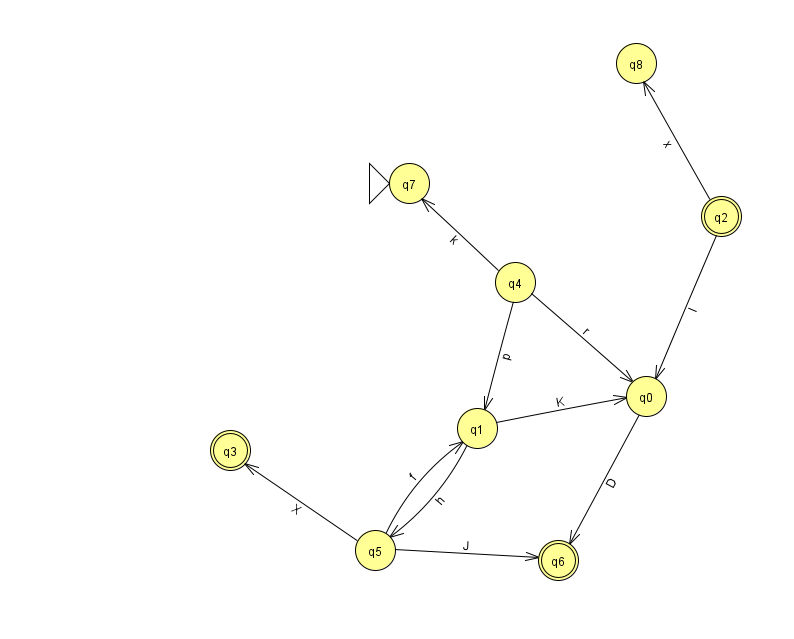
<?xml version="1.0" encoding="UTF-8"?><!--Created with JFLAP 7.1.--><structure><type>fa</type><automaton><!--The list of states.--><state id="0" name="q0"><x>646.0</x><y>383.0</y></state><state id="1" name="q1"><x>477.0</x><y>415.0</y></state><state id="2" name="q2"><x>721.0</x><y>203.0</y><final/></state><state id="3" name="q3"><x>230.0</x><y>437.0</y><final/></state><state id="4" name="q4"><x>515.0</x><y>269.0</y></state><state id="5" name="q5"><x>375.0</x><y>537.0</y></state><state id="6" name="q6"><x>558.0</x><y>547.0</y><final/></state><state id="7" name="q7"><x>409.0</x><y>170.0</y><initial/></state><state id="8" name="q8"><x>636.0</x><y>50.0</y></state><!--The list of transitions.--><transition><from>1</from><to>0</to><read>K</read></transition><transition><from>4</from><to>7</to><read>k</read></transition><transition><from>2</from><to>0</to><read>l</read></transition><transition><from>5</from><to>6</to><read>J</read></transition><transition><from>0</from><to>6</to><read>D</read></transition><transition><from>2</from><to>8</to><read>x</read></transition><transition><from>4</from><to>1</to><read>p</read></transition><transition><from>5</from><to>1</to><read>f</read></transition><transition><from>1</from><to>5</to><read>h</read></transition><transition><from>5</from><to>3</to><read>X</read></transition><transition><from>4</from><to>0</to><read>r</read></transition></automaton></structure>